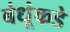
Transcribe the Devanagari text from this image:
बंधूंकडे